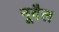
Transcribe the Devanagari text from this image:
नूवैल